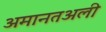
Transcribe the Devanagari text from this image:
अमानतअली